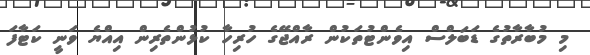
މި މުބާރާތުގެ ޑަބަލްސް އިވެންޓުތަކުން ރާއްޖޭގެ ހުރިހާ ކުޅުންތެރިން އިއްޔެ ވަނީ ކަޓާފަ